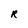
Character: R